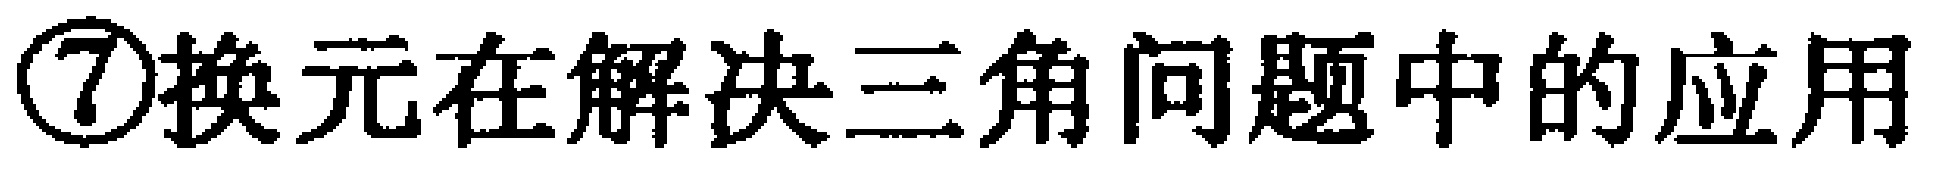
\textcircled{7}换元在解决三角问题中的应用